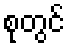
စုတွင်